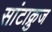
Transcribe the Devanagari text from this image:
सांटाक्रुज